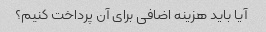
آیا باید هزینه اضافی برای آن پرداخت کنیم؟